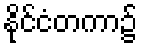
နိုင်ငံတကာ၌